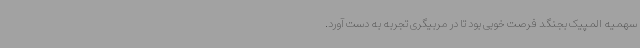
سهمیه المپیک بجنگد فرصت خوبی بود تا در مربیگری تجربه به دست آورد.